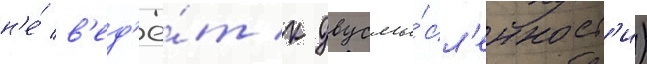
н'е́ в'ед'ё́т к двусмы́сл'енност'и)